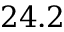
2 4 . 2